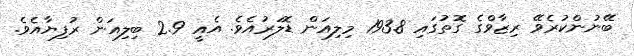
ބޭނުންކުރެވޭ ރިޒާވްގެ ގޮތުގައި 193.8 މިލިއަން ޑޮލަރުއެވެ. އެއީ 2.9 ބިލިއަން ރުފިޔާއެވެ.